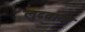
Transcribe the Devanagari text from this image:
लुटवाया